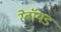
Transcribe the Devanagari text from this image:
रेबॉयड